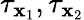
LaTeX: \tau_{\mathbf{x}_{1}},\tau_{\mathbf{x}_{2}}